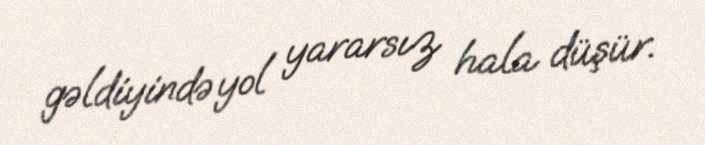
gəldiyində yol yararsız hala düşür.